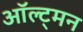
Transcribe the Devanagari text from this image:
ऑल्ट्मन